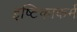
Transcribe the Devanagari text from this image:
इष्टिकाकर्म